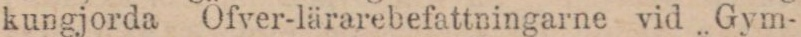
kungjorda Öfver-lärarebefattningarne vid Gym-